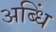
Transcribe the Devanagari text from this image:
अब्धिं